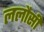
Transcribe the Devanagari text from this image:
ललौसी